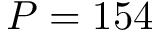
P = 1 5 4